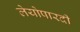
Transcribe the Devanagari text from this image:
लेयोपारदी